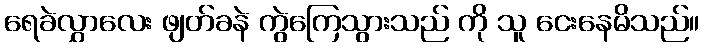
ရေခဲလွှာလေး ဖျတ်ခနဲ ကွဲကြေသွားသည် ကို သူ ငေးနေမိသည်။